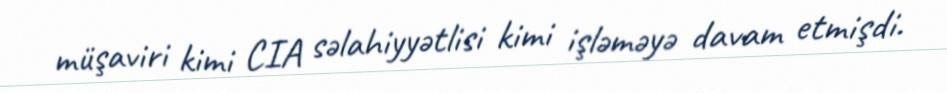
müşaviri kimi CIA səlahiyyətlisi kimi işləməyə davam etmişdi.